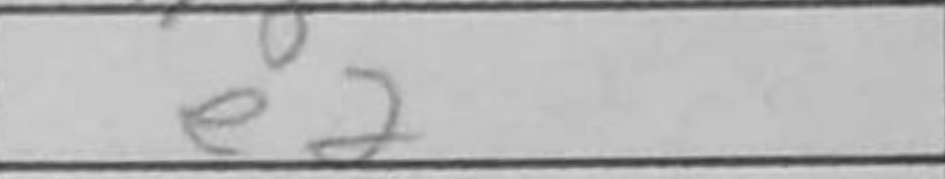
Transcription: e2